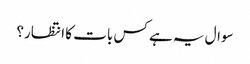
سوال یہ ہے کس بات کا انتظار؟